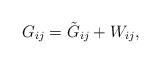
LaTeX: \begin{align*}G_{ij}=\tilde G_{ij}+W_{ij},\end{align*}